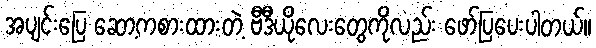
အပျင်းပြေ ဆော့ကစားထားတဲ့ ဗီဒီယိုလေးတွေကိုလည်း ဖော်ပြပေးပါတယ်။